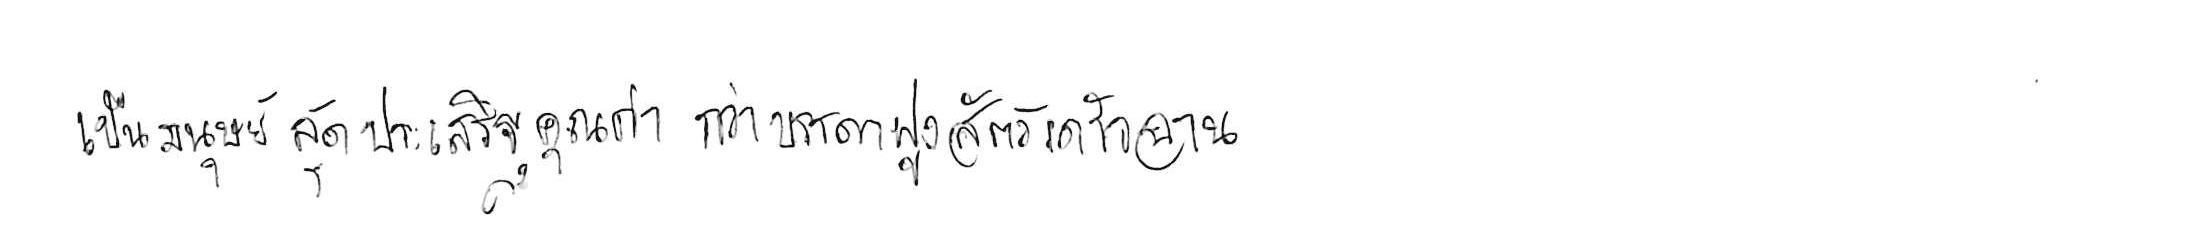
เป็นมนุษย์สุดประเสริฐเลิศคุณค่า กว่าบรรดาฝูงสัตว์เดรัจฉาน